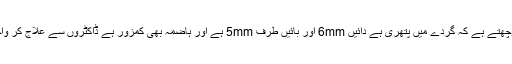
سوال: فیروز خان عمر ۶۵ سال پربھنی سے پوچھتے ہے کہ گُردے میں پتھری ہے دائیں 6mm اور بائیں طرف 5mm ہے اور ہاضمہ بھی کمزور ہے ڈاکٹروں سے علاج کر واچکا ہوں فائدہ نہیں ہورہاہے کوئی علاج بتائیں؟